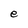
Character: e